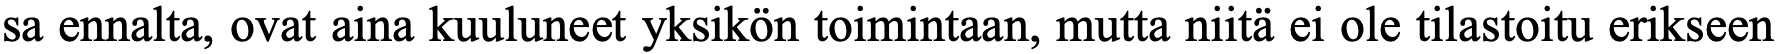
sa ennalta, ovat aina kuuluneet yksikön toimintaan, mutta niitä ei ole tilastoitu erikseen